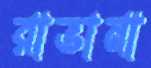
রাভানা